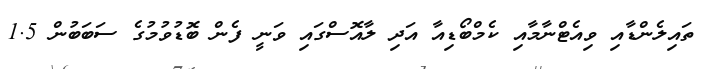
ތައިލެންޑާއި ވިއެޓްނާމާއި ކެމްބޯޑިއާ އަދި ލާއޮސްގައި ވަނީ ފެން ބޮޑުވުމުގެ ސަބަބުން 1.5